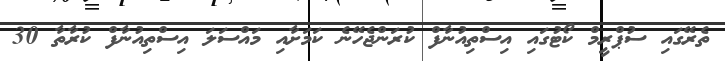
ތެރޭގައި ސުޕްރީމް ކޯޓުގައި އިސްތިއުނާފް ކުރަންޖެހޭނެ ކަމަށާއި މައްސަލަ އިސްތިއުނާފް ކުރާތާ 30